Vabadussoja_Ajaloo_Komitee, lk 13
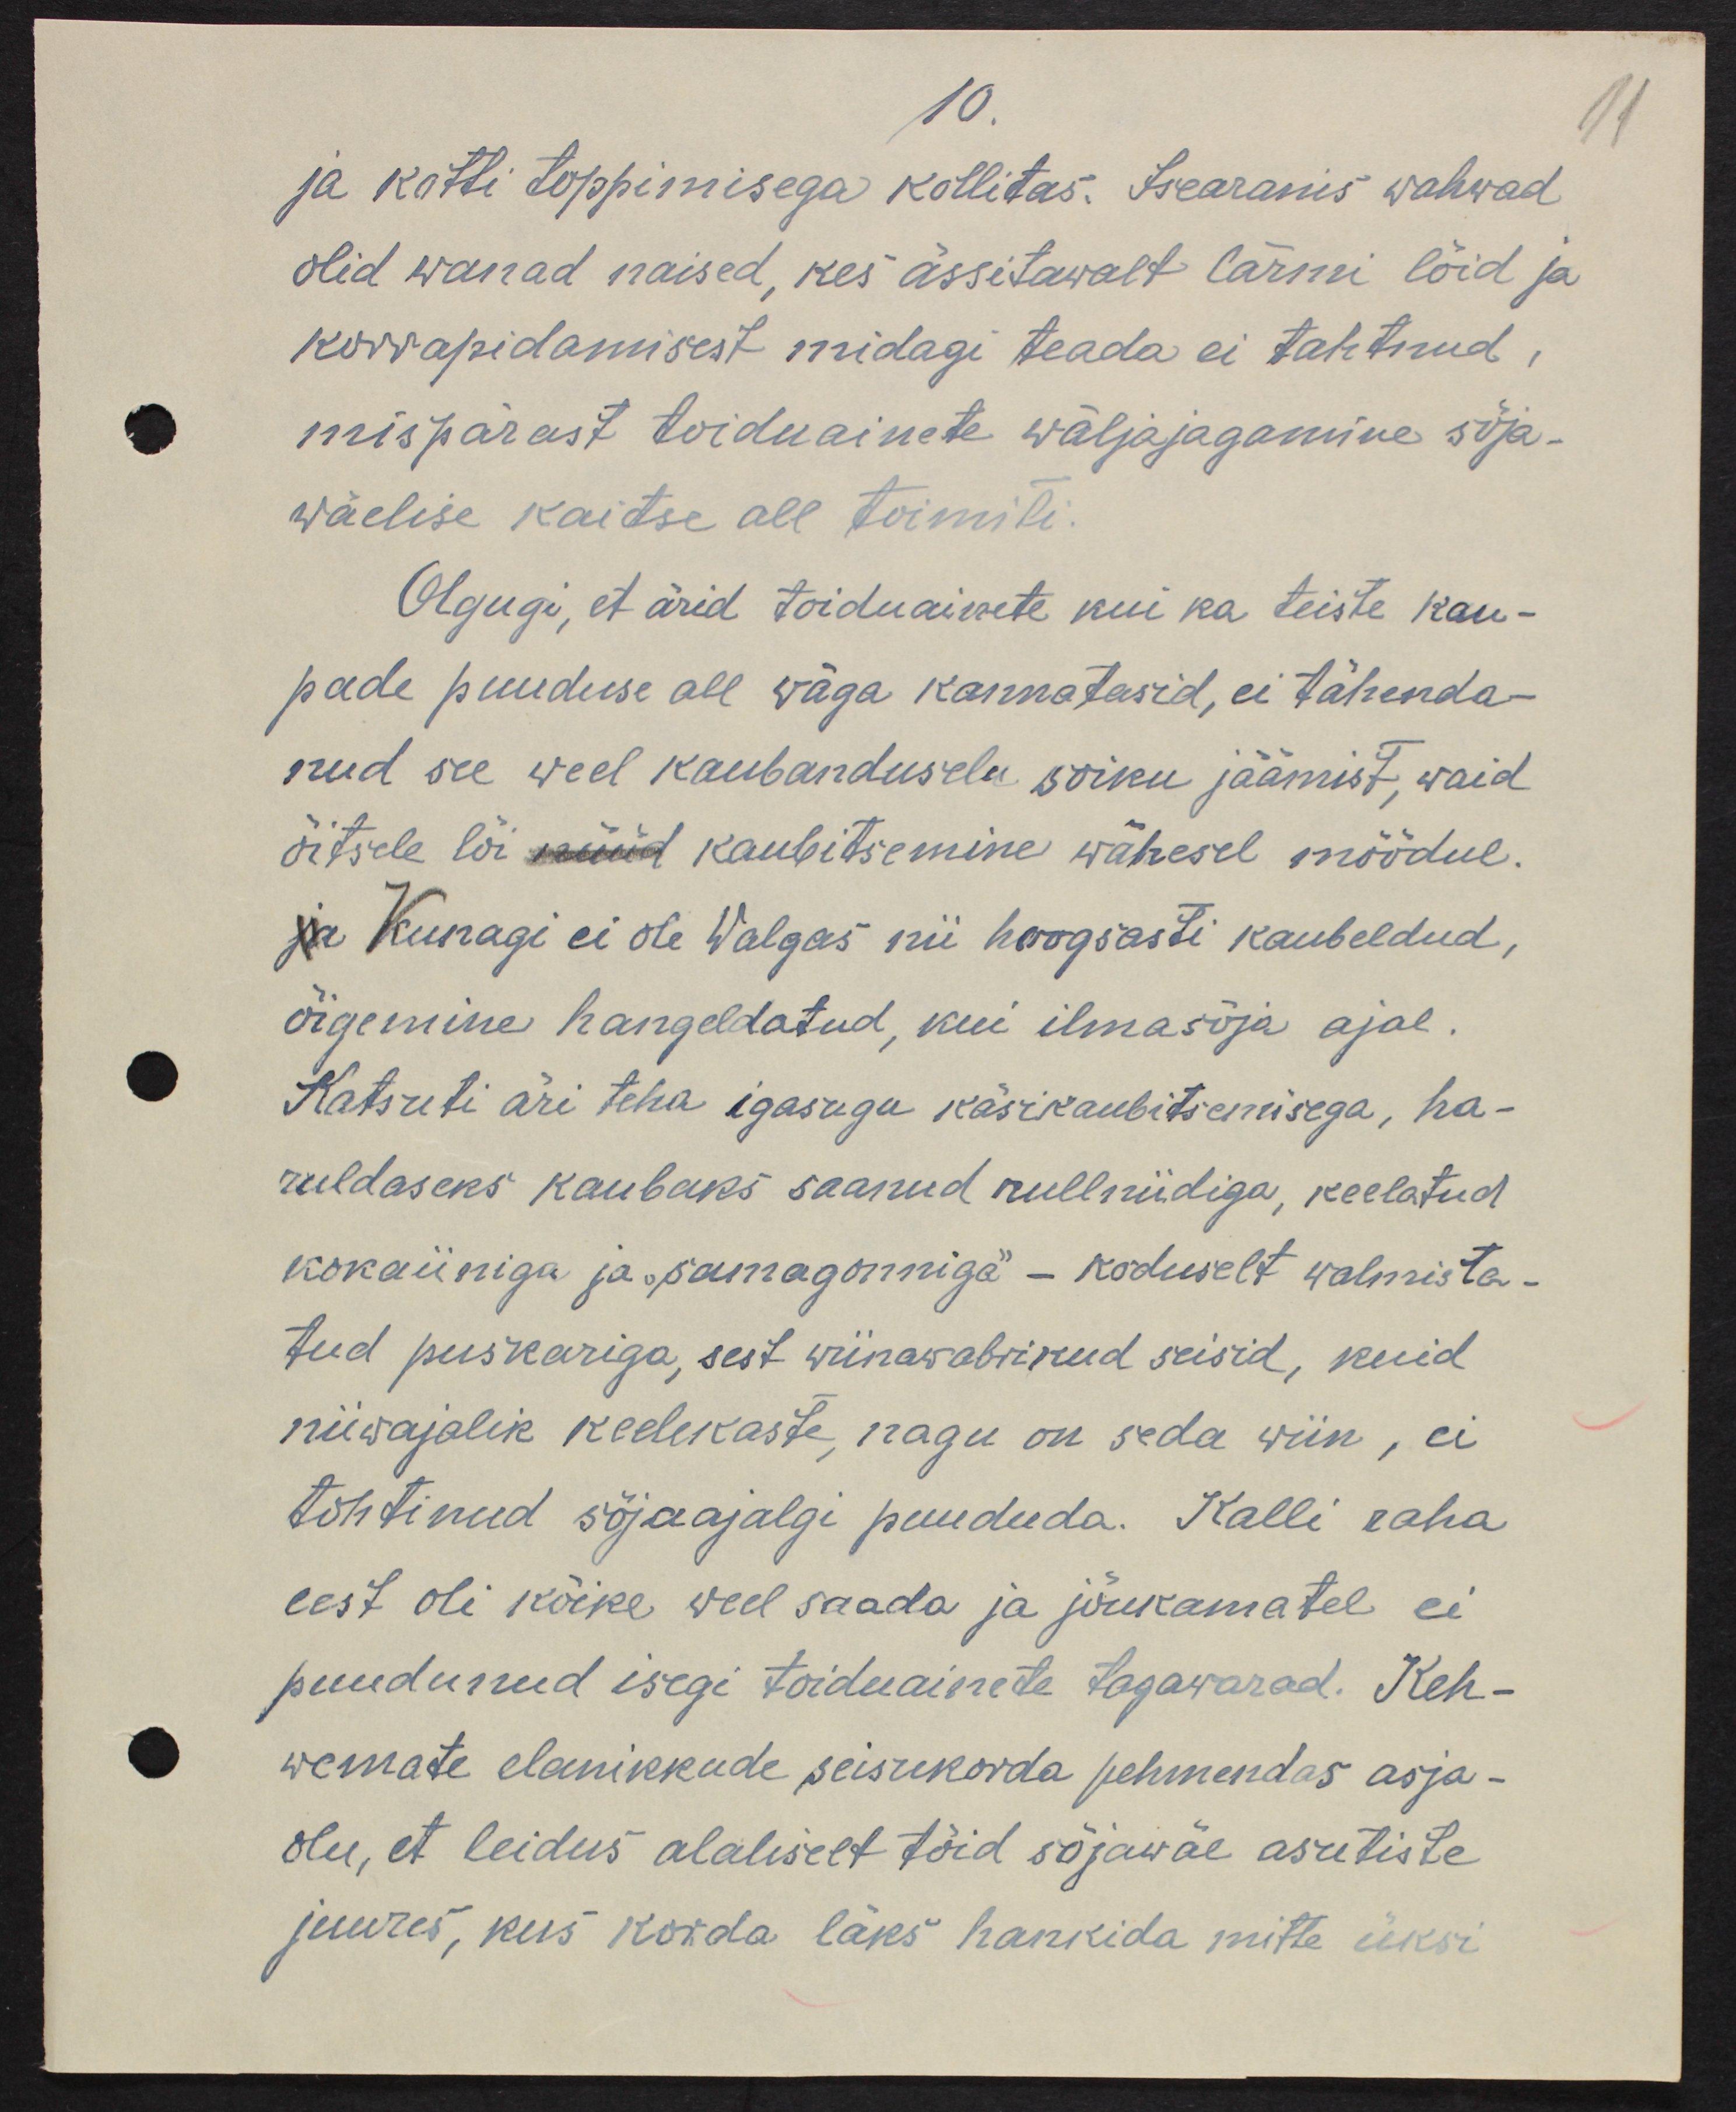
10
ja kotti toppimisega kollitas. Iseäranis wahvad
olid wanad naised, kes ässitawalt lärmi lõid ja
korrapidamisest midagi teada ei tahtnud, 
mispärast toiduainete wäljajagamine sõja-
wäelise kaitse all toimiti.
Olgugi, et ärid toiduainete kui ka teiste kau-
pade puuduse all wäga kannatasid, ei tähenda-
nud see weel kaubanduselu soiku jäämist, waid
õitsele lõi nüüd kaubitsemine wähesel mõõdul.
ja Kunagi ei ole Walgas nii hoogsasti kaubeldud, 
õigemine hangeldatud, kui ilmasõja ajal.
Katsuti äri teha igasugu käsikaubitsemisega, ha-
ruldaseks kaubaks saanud rulliniidiga, keelatud
kokaiiniga ja "samagonniga" - koduselt walmista-
tud puskariga, sest wiinawabrikud seisid, kuid
niiwajalik keelekaste, nagu on seda wiin, ei
tohtinud sõjaajalgi puududa. Kalli raha
eest oli kõike weel saad ja jõukamatele ei
puudunud isegi toiduainete tagawarad. Keh-
wemate elanikkude seisukorda pehmendas asja-
olu, et leidus alaliselt töid sõjawäe asutiste
juures, kus korda läks hankida mitte üksi